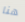
هنا